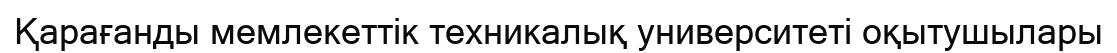
Қарағанды мемлекеттік техникалық университеті оқытушылары